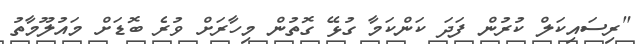
"ރިސައިކަލް ކުރުން ފަދަ ކަންކަމާ ގުޅޭ ގޮތުން މިހާރަށް ވުރެ ބޮޑަށް މައުލޫމާތު